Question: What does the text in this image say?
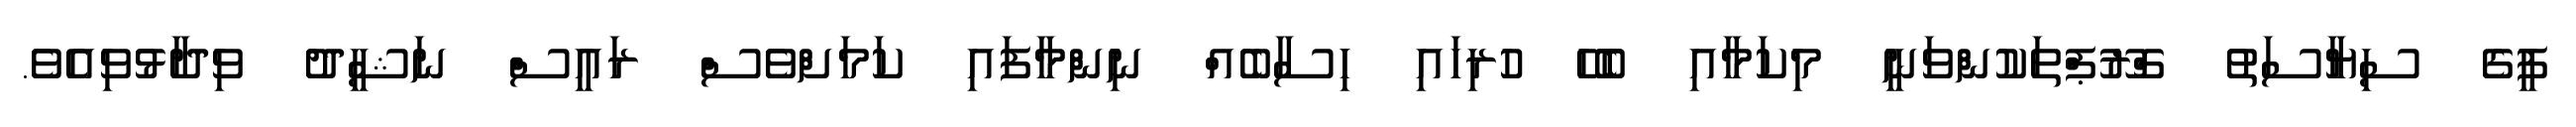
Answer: ޕީގެ ސިޔާސަތު ގްރޫޕްތަކުންވަނީ މިކަމާއި ބެހޭ ހުރިހައި ހިސާބެއް ނިންމާފައި ކަމަށްވެސް ރައީސް ނަޝީދު ވިދާޅުވިއެވެ.